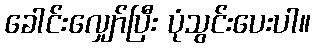
ခေါင်းလျှော်ပြီး ပုံသွင်းပေးပါ။